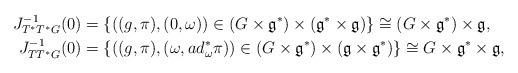
LaTeX: \begin{align*}J_{T^*T^*G}^{-1}(0) &= \{ ((g, \pi), ( 0, \omega)) \in (G\times \mathfrak{g}^*)\times (\mathfrak{g}^*\times\mathfrak{g})\} \cong (G\times \mathfrak{g}^*)\times \mathfrak{g},\\J^{-1}_{TT^*G}(0) &= \{ ((g, \pi), (\omega, ad^*_\omega\pi)) \in ( G\times \mathfrak{g}^*) \times( \mathfrak{g}\times \mathfrak{g}^*)\}\cong G\times \mathfrak{g}^*\times \mathfrak{g},\end{align*}